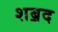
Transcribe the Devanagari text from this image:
शॿद